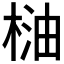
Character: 𣓐